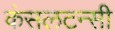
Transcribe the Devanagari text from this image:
कंसलटन्सी